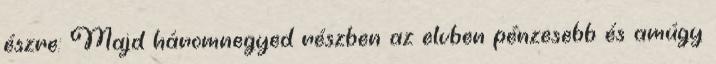
észre: Majd háromnegyed részben az elvben pénzesebb és amúgy